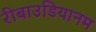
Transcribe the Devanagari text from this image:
रीबाउडियानम